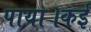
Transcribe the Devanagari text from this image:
पाया।कई